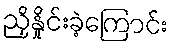
ညှိနှိုင်းခဲ့ကြောင်း